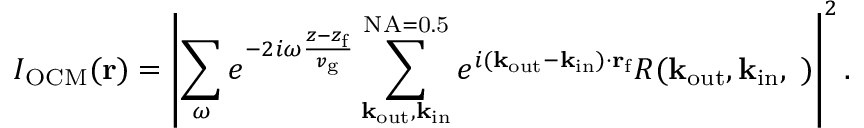
I _ { \mathrm { O C M } } ( { \bf r } ) = \left| \sum _ { \omega } e ^ { - 2 i \omega \frac { z - z _ { \mathrm { f } } } { v _ { \mathrm { g } } } } \sum _ { \bf k _ { \mathrm { o u t } } , \bf k _ { \mathrm { i n } } } ^ { \mathrm { N A = 0 . 5 } } e ^ { i ( { \bf k } _ { \mathrm { o u t } } - { \bf k } _ { \mathrm { i n } } ) \cdot { \bf r } _ { \mathrm { f } } } R ( \bf k _ { \mathrm { o u t } } , \bf k _ { \mathrm { i n } } , \omega ) \right| ^ { 2 } .